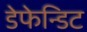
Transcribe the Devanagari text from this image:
डेफेन्डिट